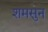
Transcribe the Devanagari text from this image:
शमसुन